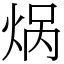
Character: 㶽